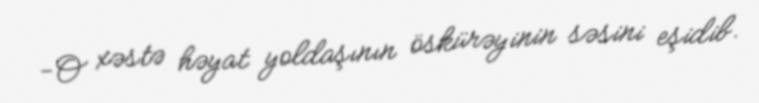
-O xəstə həyat yoldaşının öskürəyinin səsini eşidib.